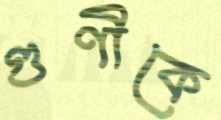
গুণীকে